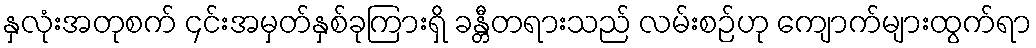
နှလုံးအတုစက် ၄င်းအမှတ်နှစ်ခုကြားရှိ ခန္တီတရားသည် လမ်းစဉ်ဟု ကျောက်များထွက်ရာ